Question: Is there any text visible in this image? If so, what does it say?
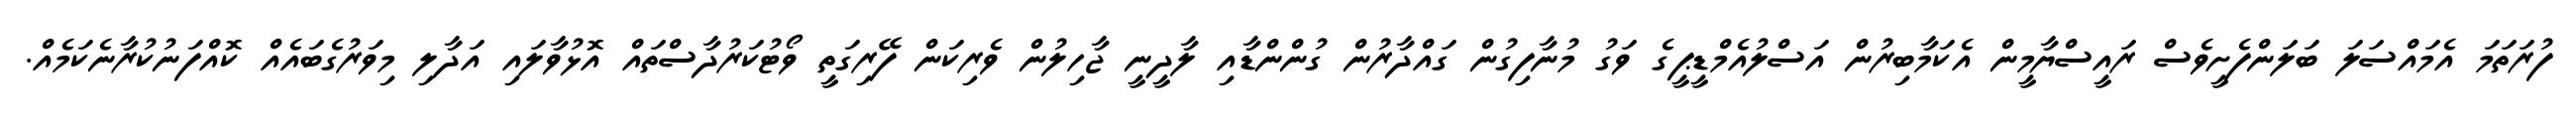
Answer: ފުރަތަމަ އެމައްސަލަ ބަލަންފެށީވެސް ރައީސްޔާމީން އެކަމާބިރުން އަސްލުއެމްޑީޕީގެ ވަގު މުނާފިގުން ގައްދާރުން ގުންންޑާއި ލާދީނީ ޖާހިލުން ވެރިކަން ފޭރިގަތީ ވޯޓުކަރުދާސްތައް އޮޅުވާލައި އަދާލި މިވަރުގެބައެއް ކޮއްފަނުކުރާނެކަމެއް.